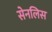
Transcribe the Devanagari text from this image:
सेनलिस